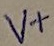
Text: V+